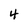
Character: 4